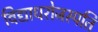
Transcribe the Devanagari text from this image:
विद्याधरोजस्पति